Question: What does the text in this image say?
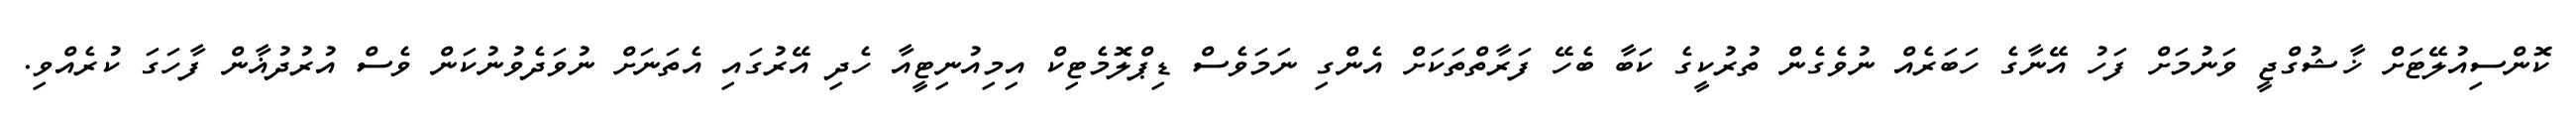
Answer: ކޮންސިއުލޭޓަށް ޚާޝުގްޖީ ވަނުމަށް ފަހު އޭނާގެ ހަބަރެއް ނުވެގެން ތުރުކީގެ ކަބާ ބެހޭ ފަރާތްތަކަށް އެންގި ނަމަވެސް ޑިޕްލޮމެޓިކް އިމިއުނިޓީއާ ހެދި އޭރުގައި އެތަނަށް ނުވަދެވުނުކަން ވެސް އުރުދުޣާން ފާހަގަ ކުރެއްވި.